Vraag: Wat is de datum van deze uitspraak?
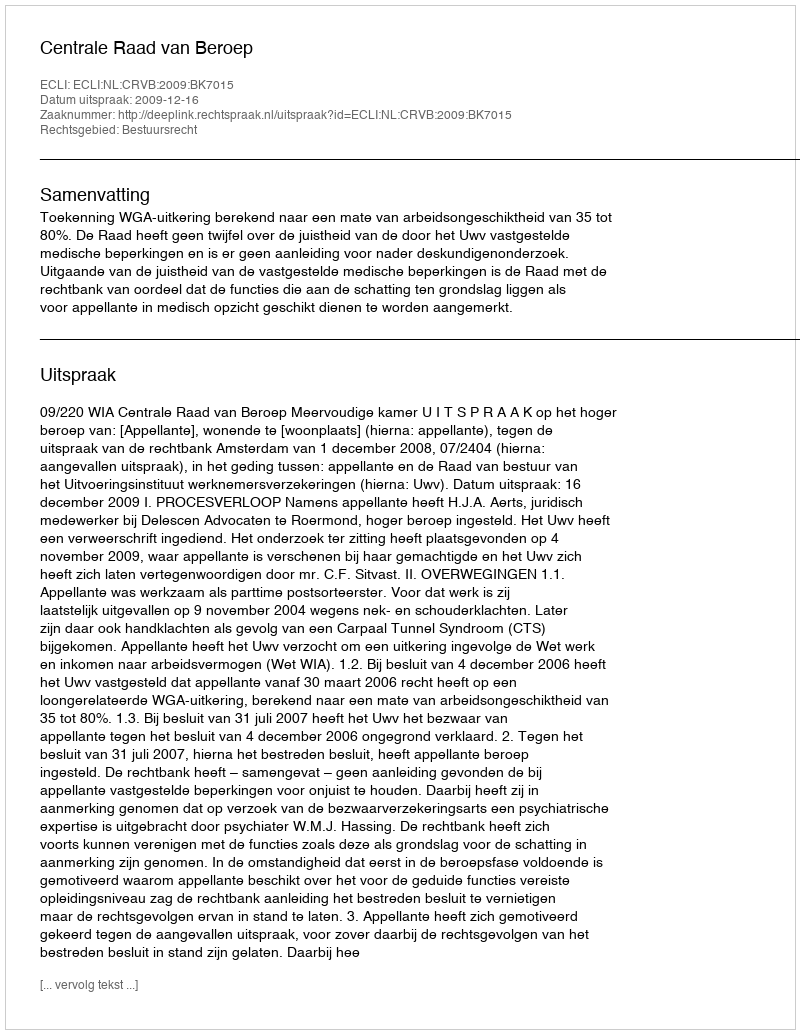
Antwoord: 2009-12-16